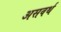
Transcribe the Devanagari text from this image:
असवर्थ